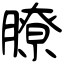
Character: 膫